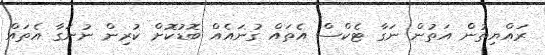
ރައްޔިތުން އަތުން ނަގާ ޓެކްސް އެތައް ގުނައެއް ބޮޑުކޮށް ކުރިން ނުނަގާ އެތައް